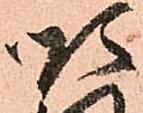
順